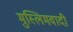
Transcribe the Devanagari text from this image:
मुस्लिमवादी